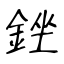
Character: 銼